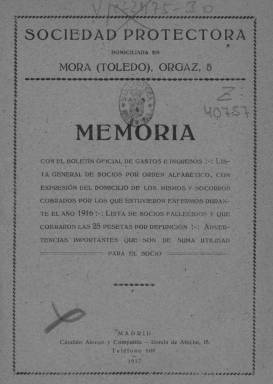
Título: Memoria : con el boletín oficial de gastos e ingresos, lista general de socios por orden alfabético, con expresión del domicilio de los mismos y socorros cobrados por los que estuvieron enfermos durante el año ...
Colección: Anuarios e informes
Ámbito geográfico: Toledo
Lugar de publicación: Mora, Toledo
Fechas: 01/01/1916-31/12/1916